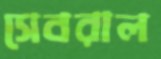
সেবরাল